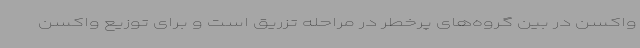
واکسن در بین گروه‌های پرخطر در مراحله تزریق است و برای توزیع واکسن